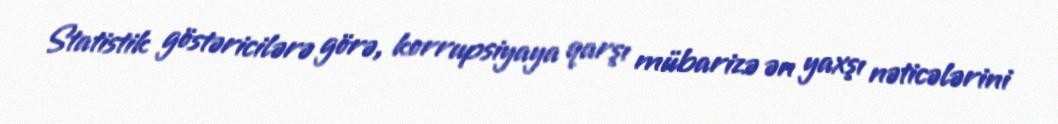
Statistik göstəricilərə görə, korrupsiyaya qarşı mübarizə ən yaxşı nəticələrini